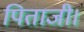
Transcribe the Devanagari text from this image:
पिताजी।